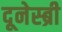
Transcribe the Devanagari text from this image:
दूनेस्ब्री